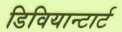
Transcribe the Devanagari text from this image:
डिवियान्टार्ट